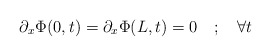
\begin{align*}\partial _{x}\Phi (0,t)=\partial _{x}\Phi (L,t)=0\quad ;\quad \forall t\end{align*}